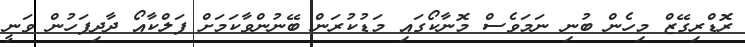
ރޮޑްރިގޭޒް މިހެން ބުނި ނަމަވެސް މޮނާކޯގައި މަޑުކުރަން ބޭނުންވާކަމަށް ފަލްކާއޯ ދާދިފަހުން ވަނީ